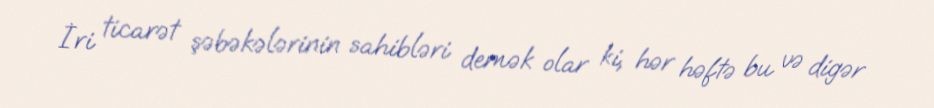
İri ticarət şəbəkələrinin sahibləri demək olar ki, hər həftə bu və digər